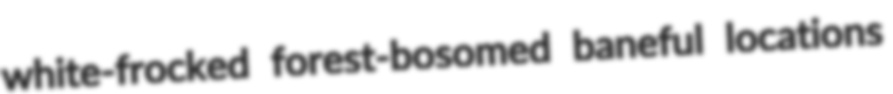
white-frocked forest-bosomed baneful locations